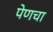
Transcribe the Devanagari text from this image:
पेणचा